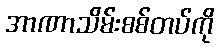
အာဏာသိမ်းစစ်တပ်ကို